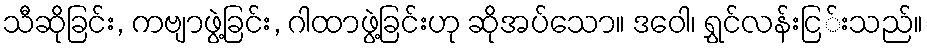
သီဆိုခြင်း, ကဗျာဖွဲ့ခြင်း, ဂါထာဖွဲ့ခြင်းဟု ဆိုအပ်သော။ ဒဝေါ၊ ရွှင်လန်းငြ်းသည်။